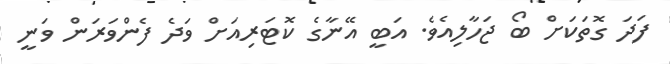
ފަދަ ގޮތަކަށް ބޯ ޖަހާލިއެވެ. އަބީ އޭނާގެ ކޮޓަރިއަށް ވަދެ ފެންވަރަން ވަނީ